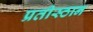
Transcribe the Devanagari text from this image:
प्रतीस्ठान